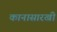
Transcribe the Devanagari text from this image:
कानासारखी